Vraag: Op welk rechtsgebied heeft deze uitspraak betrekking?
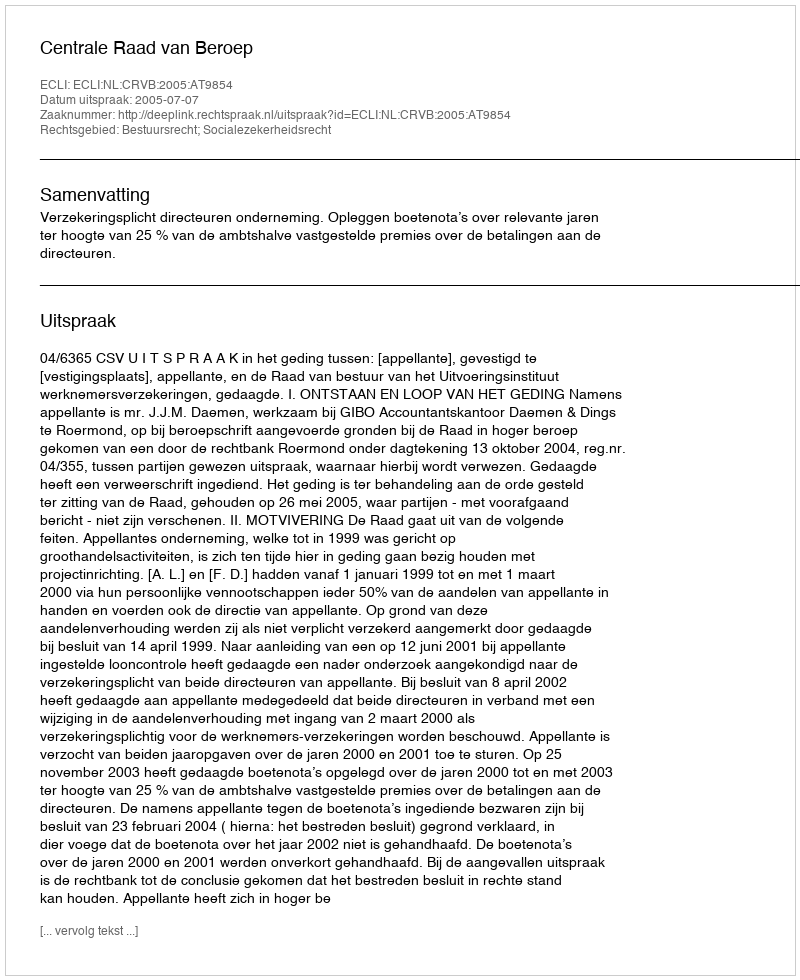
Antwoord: Bestuursrecht; Socialezekerheidsrecht